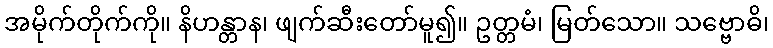
အမိုက်တိုက်ကို။ နိဟန္တာန၊ ဖျက်ဆီးတော်မူ၍။ ဥတ္တမံ၊ မြတ်သော။ သဗ္ဗောဓိ၊